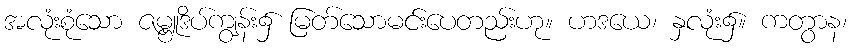
အလုံးစုံသော ဇမ္ဗူဒိပ်ကျွန်း၌ မြတ်သောမင်းပေတည်းဟု။ ဟဒယေ၊ နှလုံး၌။ ကတွာန၊